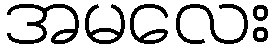
အမလေး